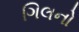
ગિલનો